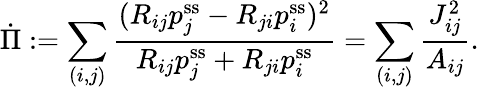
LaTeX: \dot{\Pi}:=\sum_{(i,j)}\frac{(R_{ij}p_{j}^{\mathrm{ss}}-R_{ji}p_{i}^{\mathrm{ss}})^{2}}{R_{ij}p_{j}^{\mathrm{ss}}+R_{ji}p_{i}^{\mathrm{ss}}}=\sum_{(i,j)}\frac{J_{ij}^{2}}{A_{ij}}.